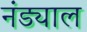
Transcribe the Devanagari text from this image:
नंड्याल